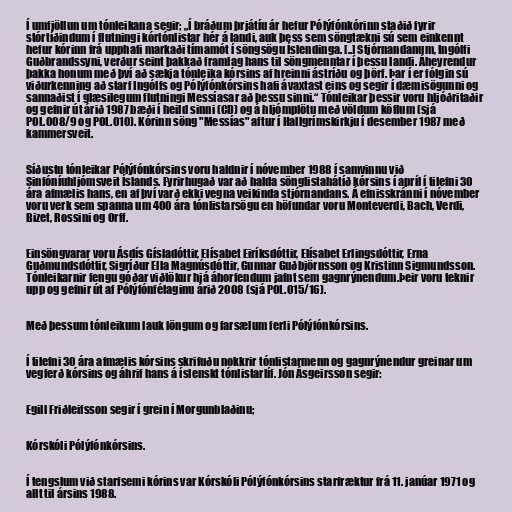
Í umfjöllun um tónleikana segir; „Í bráðum þrjátíu ár hefur Pólýfónkórinn staðið fyrir
stórtíðindum í flutningi kórtónlistar hér á landi, auk þess sem söngtækni sú sem einkennt
hefur kórinn frá upphafi markaði tímamót í söngsögu Íslendinga. [..] Stjórnandanum, Ingólfi
Guðbrandssyni, verður seint þakkað framlag hans til söngmenntar í þessu landi. Áheyrendur
þakka honum með því að sækja tónleika kórsins af hreinni ástríðu og þörf. Þar í er fólgin sú
viðurkenning að starf Ingólfs og Pólýfónkórsins hafi ávaxtast eins og segir í dæmisögunni og
sannaðist í glæsilegum flutningi Messíasar að þessu sinni.“ Tónleikar þessir voru hljóðritaðir
og gefnir út árið 1987 bæði í heild sinni (CD) og á hljómplötu með völdum köflum (sjá
POL.008/9 og POL.010). Kórinn söng "Messías" aftur í Hallgrímskirkju í desember 1987 með
kammersveit.

Síðustu tónleikar Pólýfónkórsins voru haldnir í nóvember 1988 í samvinnu við
Sinfóníuhljómsveit Íslands. Fyrirhugað var að halda sönglistahátíð kórsins í apríl í tilefni 30
ára afmælis hans, en af því varð ekki vegna veikinda stjórnandans. Á efnisskránni í nóvember
voru verk sem spanna um 400 ára tónlistarsögu en höfundar voru Monteverdi, Bach, Verdi,
Bizet, Rossini og Orff.

Einsöngvarar voru Ásdís Gísladóttir, Elísabet Eiríksdóttir, Elísabet Erlingsdóttir, Erna
Guðmundsdóttir, Sigríður Ella Magnúsdóttir, Gunnar Guðbjörnsson og Kristinn Sigmundsson.
Tónleikarnir fengu góðar viðtökur hjá áhorfendum jafnt sem gagnrýnendum.Þeir voru teknir
upp og gefnir út af Pólýfónfélaginu árið 2008 (sjá POL.015/16).

Með þessum tónleikum lauk löngum og farsælum ferli Pólýfónkórsins.

Í tilefni 30 ára afmælis kórsins skrifuðu nokkrir tónlistarmenn og gagnrýnendur greinar um
vegferð kórsins og áhrif hans á íslenskt tónlistarlíf. Jón Ásgeirsson segir:

Egill Friðleifsson segir í grein í Morgunblaðinu;

Kórskóli Pólýfónkórsins.

Í tengslum við starfsemi kórins var Kórskóli Pólýfónkórsins starfræktur frá 11. janúar 1971 og
allt til ársins 1988.